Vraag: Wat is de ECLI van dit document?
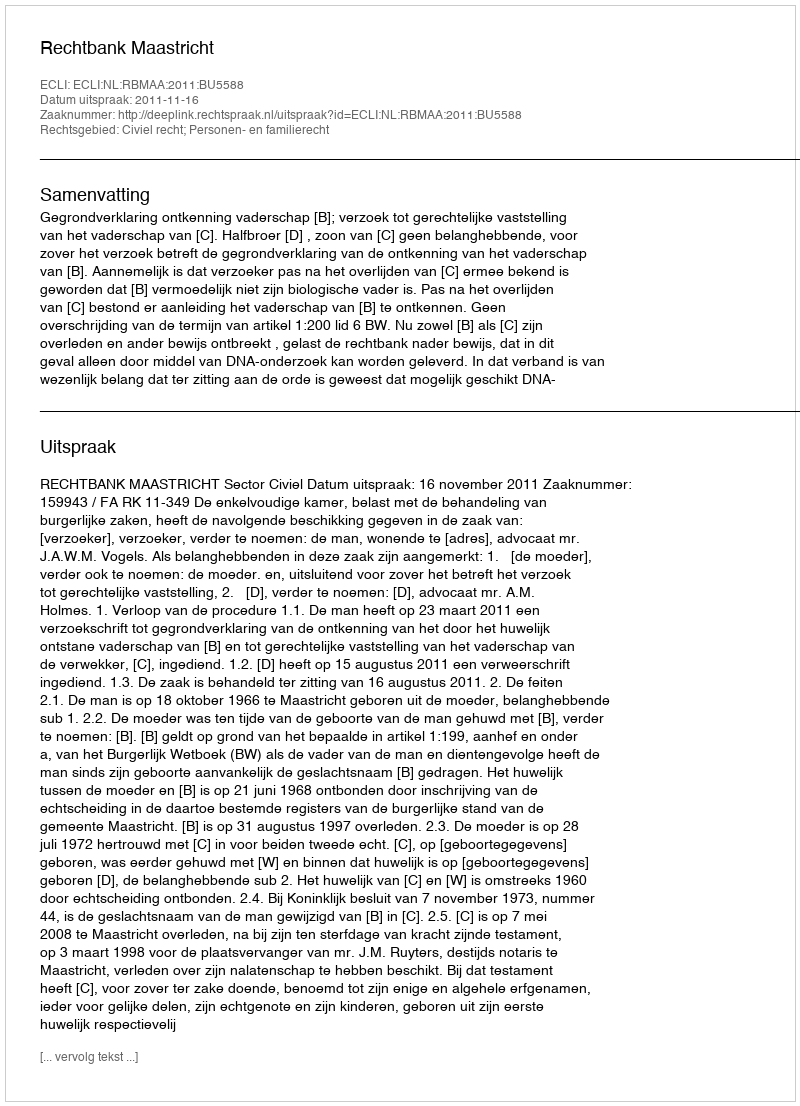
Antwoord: ECLI:NL:RBMAA:2011:BU5588